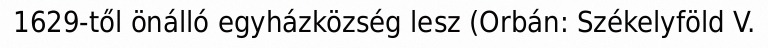
1629-től önálló egyházközség lesz (Orbán: Székelyföld V.